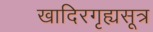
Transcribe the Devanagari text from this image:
खादिरगृह्यसूत्र